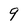
Character: q